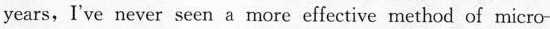
years,I've never seen a more effective method of micro